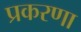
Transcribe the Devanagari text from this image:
प्रकरणा